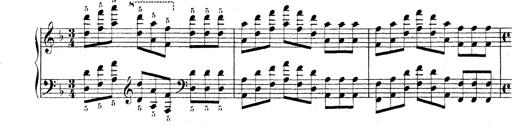
Title: Technische Studien
Composer: Franz Liszt